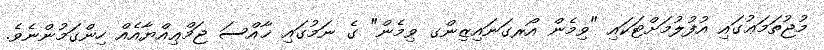
މުޖުތަމަޢުގައި އުފުލުމަށްޓަކައި "ވިމެން އޯރގަނައިިޒިންގ ވިމެން" ގެ ނަމުގައި ޚާއްސަ ޖަމްޢިއްޔާއެއް ހިންގަމުންނެވެ.